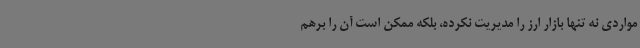
مواردی نه تنها بازار ارز را مدیریت نکرده، بلکه ممکن است آن را برهم